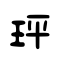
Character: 玶